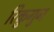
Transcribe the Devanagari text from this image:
रिकुगुन